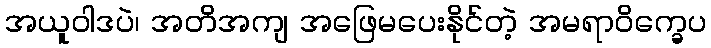
အယူဝါဒပဲ၊ အတိအကျ အဖြေမပေးနိုင်တဲ့ အမရာဝိက္ခေပ